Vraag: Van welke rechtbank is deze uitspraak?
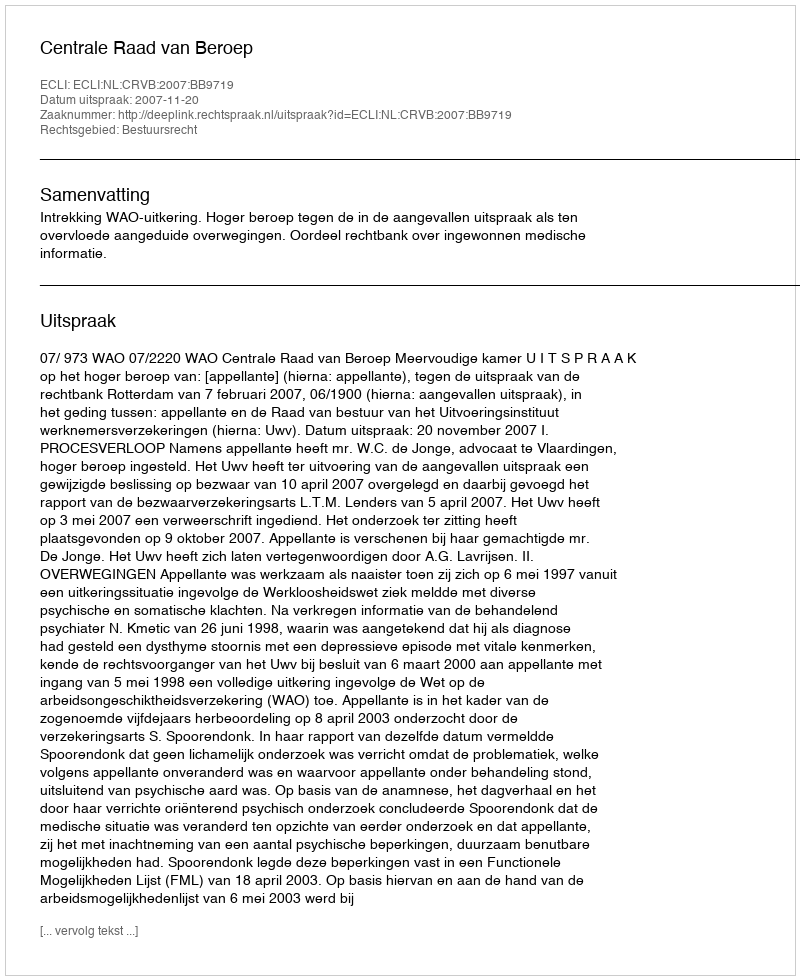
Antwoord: Centrale Raad van Beroep